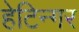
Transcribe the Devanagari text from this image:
हेटिन्गर